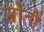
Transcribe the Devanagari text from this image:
स्त्रोंतों